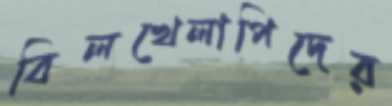
বিলখেলাপিদের